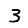
Digit: 3